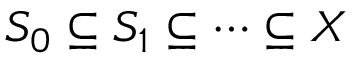
S _ { 0 } \subseteq S _ { 1 } \subseteq \cdots \subseteq X